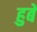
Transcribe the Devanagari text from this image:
हुबे